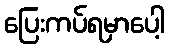
ပြေးကပ်ရမှာပေါ့